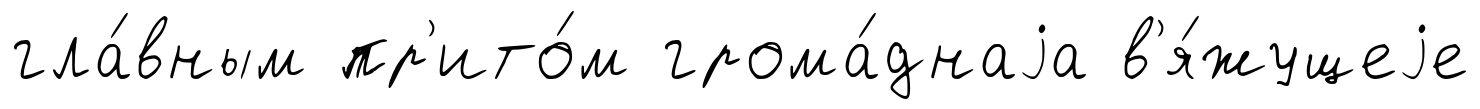
гла́вным пр'ито́м грома́днаjа в'я́жущеjе